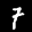
Label: 7